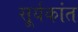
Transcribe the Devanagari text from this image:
सू्र्यकांत